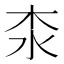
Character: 𣏶